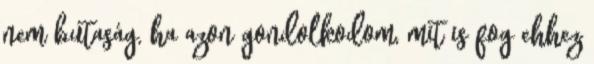
nem butaság, ha azon gondolkodom, mit is fog ehhez